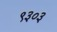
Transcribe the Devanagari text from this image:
९३०३